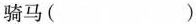
骑马( )